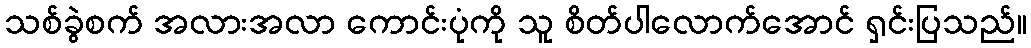
သစ်ခွဲစက် အလားအလာ ကောင်းပုံကို သူ စိတ်ပါလောက်အောင် ရှင်းပြသည်။